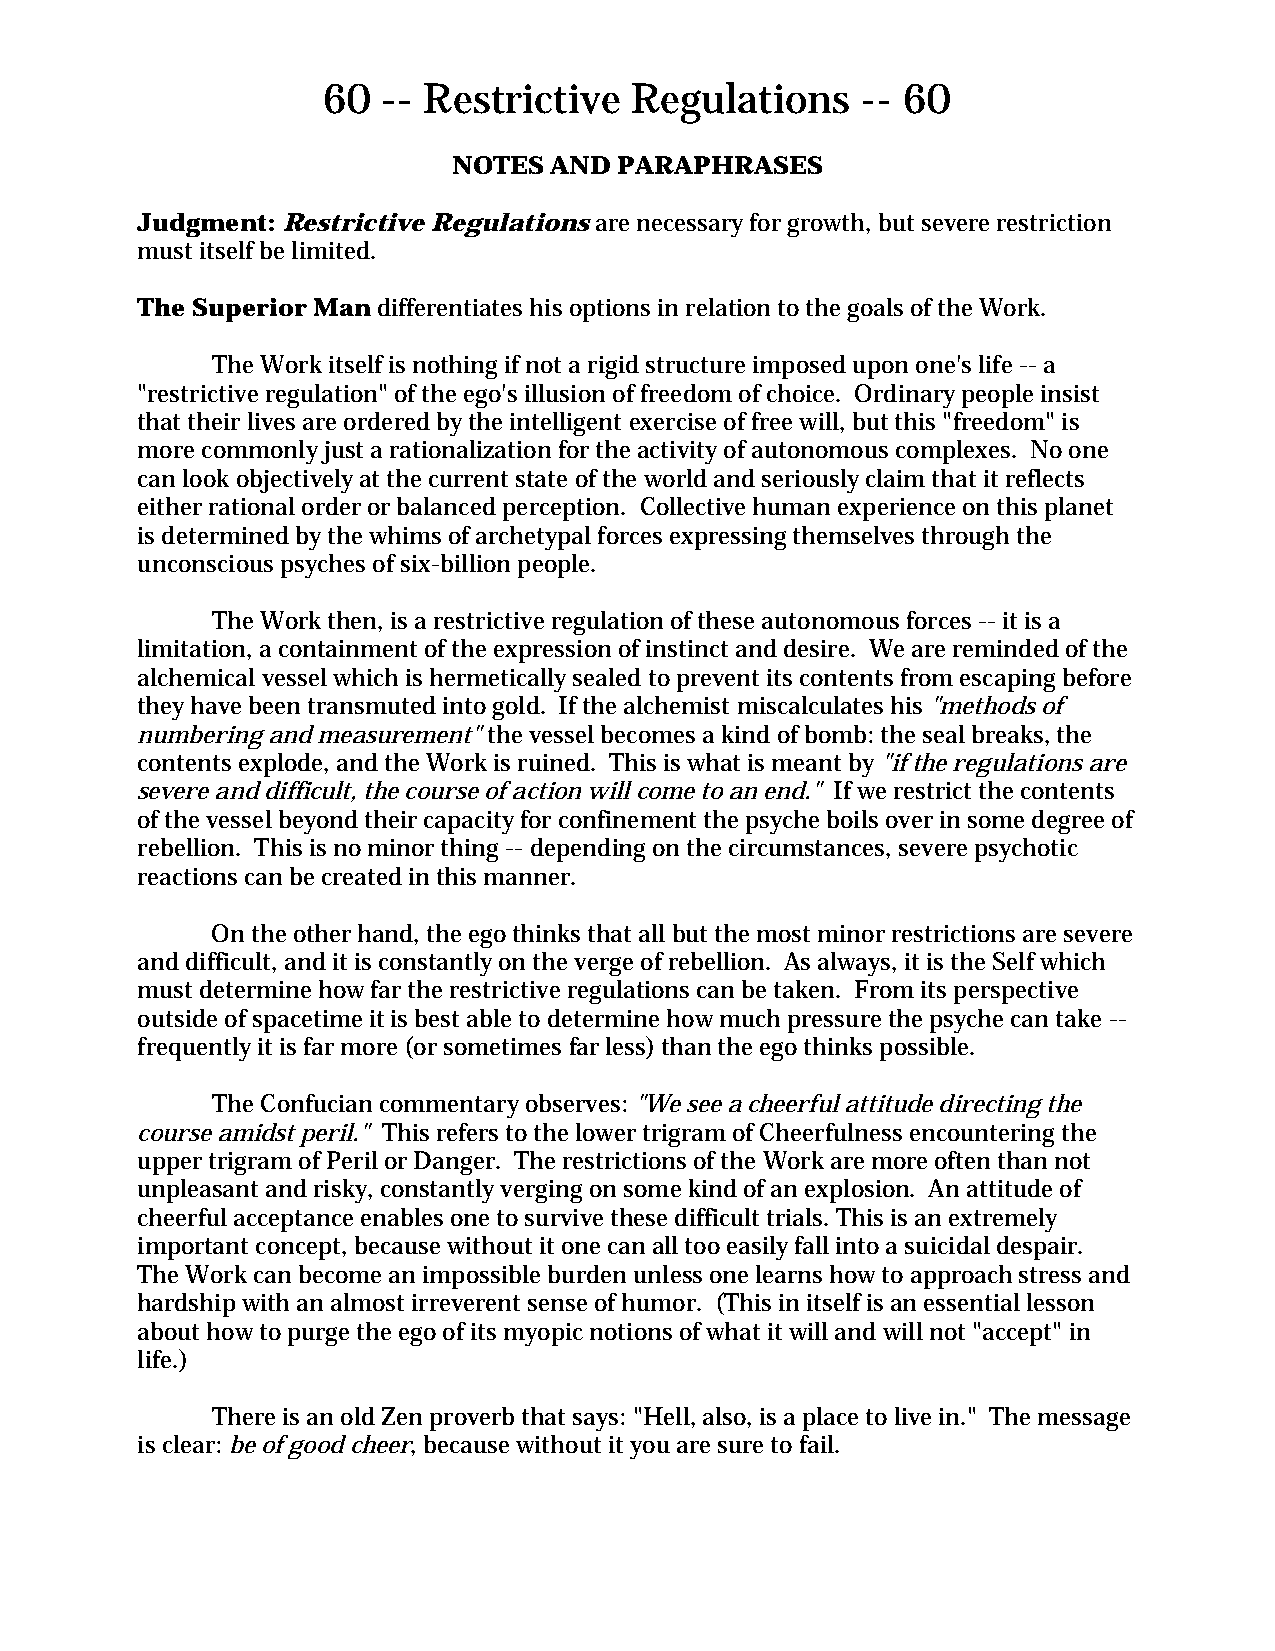
60  -- Restrictive   Regulations    -- 60
 NOTES AND  PARAPHRASES
 Judgment: Restrictive Regulations are necessary for growth, but severe restriction
 must itself be limited.
 The Superior Man differentiates his options in relation to the goals of the Work.
 The Work itself is nothing if not a rigid structure imposed upon one's life -- a
 "restrictive regulation" of the ego's illusion of freedom of choice. Ordinary people insist
 that their lives are ordered by the intelligent exercise of free will, but this "freedom" is
 more commonly just a rationalization for the activity of autonomous complexes. No one
 can look objectively at the current state of the world and seriously claim that it reflects
 either rational order or balanced perception. Collective human experience on this planet
 is determined by the whims of archetypal forces expressing themselves through the
 unconscious psyches of six-billion people.
 The Work then, is a restrictive regulation of these autonomous forces -- it is a
 limitation, a containment of the expression of instinct and desire. We are reminded of the
 alchemical vessel which is hermetically sealed to prevent its contents from escaping before
 they have been transmuted into gold. If the alchemist miscalculates his "methods of
 numbering and measurement" the vessel becomes a kind of bomb: the seal breaks, the
 contents explode, and the Work is ruined. This is what is meant by "if the regulations are
 severe and difficult, the course of action will come to an end." If we restrict the contents
 of the vessel beyond their capacity for confinement the psyche boils over in some degree of
 rebellion. This is no minor thing -- depending on the circumstances, severe psychotic
 reactions can be created in this manner.
 On the other hand, the ego thinks that all but the most minor restrictions are severe
 and difficult, and it is constantly on the verge of rebellion. As always, it is the Self which
 must determine how far the restrictive regulations can be taken. From its perspective
 outside of spacetime it is best able to determine how much pressure the psyche can take --
 frequently it is far more (or sometimes far less) than the ego thinks possible.
 The Confucian commentary observes: "We see a cheerful attitude directing the
 course amidst peril." This refers to the lower trigram of Cheerfulness encountering the
 upper trigram of Peril or Danger. The restrictions of the Work are more often than not
 unpleasant and risky, constantly verging on some kind of an explosion. An attitude of
 cheerful acceptance enables one to survive these difficult trials. This is an extremely
 important concept, because without it one can all too easily fall into a suicidal despair.
 The Work can become an impossible burden unless one learns how to approach stress and
 hardship with an almost irreverent sense of humor. (This in itself is an essential lesson
 about how to purge the ego of its myopic notions of what it will and will not "accept" in
 life.)
 There is an old Zen proverb that says: "Hell, also, is a place to live in." The message
 is clear: be of good cheer, because without it you are sure to fail.